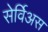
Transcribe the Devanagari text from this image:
सेर्विअस